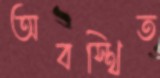
অবস্থিত